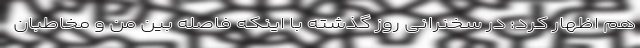
هم اظهار کرد: در سخنرانی روز گذشته با اینکه فاصله بین من و مخاطبان